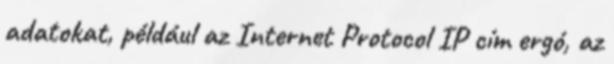
adatokat, például az Internet Protocol IP cím ergó, az